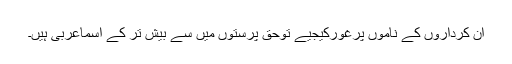
ان کرداروں کے ناموں پرغورکیجیے توحق پرستوں میں سے بیش تر کے اسماعربی ہیں۔